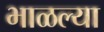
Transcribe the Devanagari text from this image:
भाळल्या